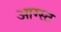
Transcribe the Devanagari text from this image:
आग्‍स्‍ट